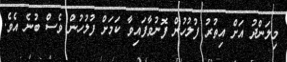
މިލަންދު އަށް އިތުރު ފުލުހުން ފޮނުވާފައިވާ ކަމަށް ފުލުހުން ވެސް ބުނެ އެވެ.